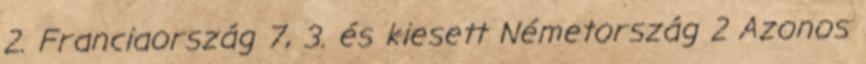
2. Franciaország 7, 3. és kiesett Németország 2 Azonos